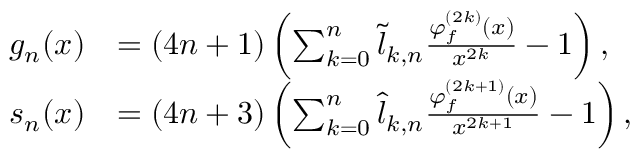
\begin{array} { r l } { g _ { n } ( x ) } & { = ( 4 n + 1 ) \left( \sum _ { k = 0 } ^ { n } \tilde { l } _ { k , n } \frac { \varphi _ { f } ^ { ( 2 k ) } ( x ) } { x ^ { 2 k } } - 1 \right) , } \\ { s _ { n } ( x ) } & { = ( 4 n + 3 ) \left( \sum _ { k = 0 } ^ { n } \hat { l } _ { k , n } \frac { \varphi _ { f } ^ { ( 2 k + 1 ) } ( x ) } { x ^ { 2 k + 1 } } - 1 \right) , } \end{array}